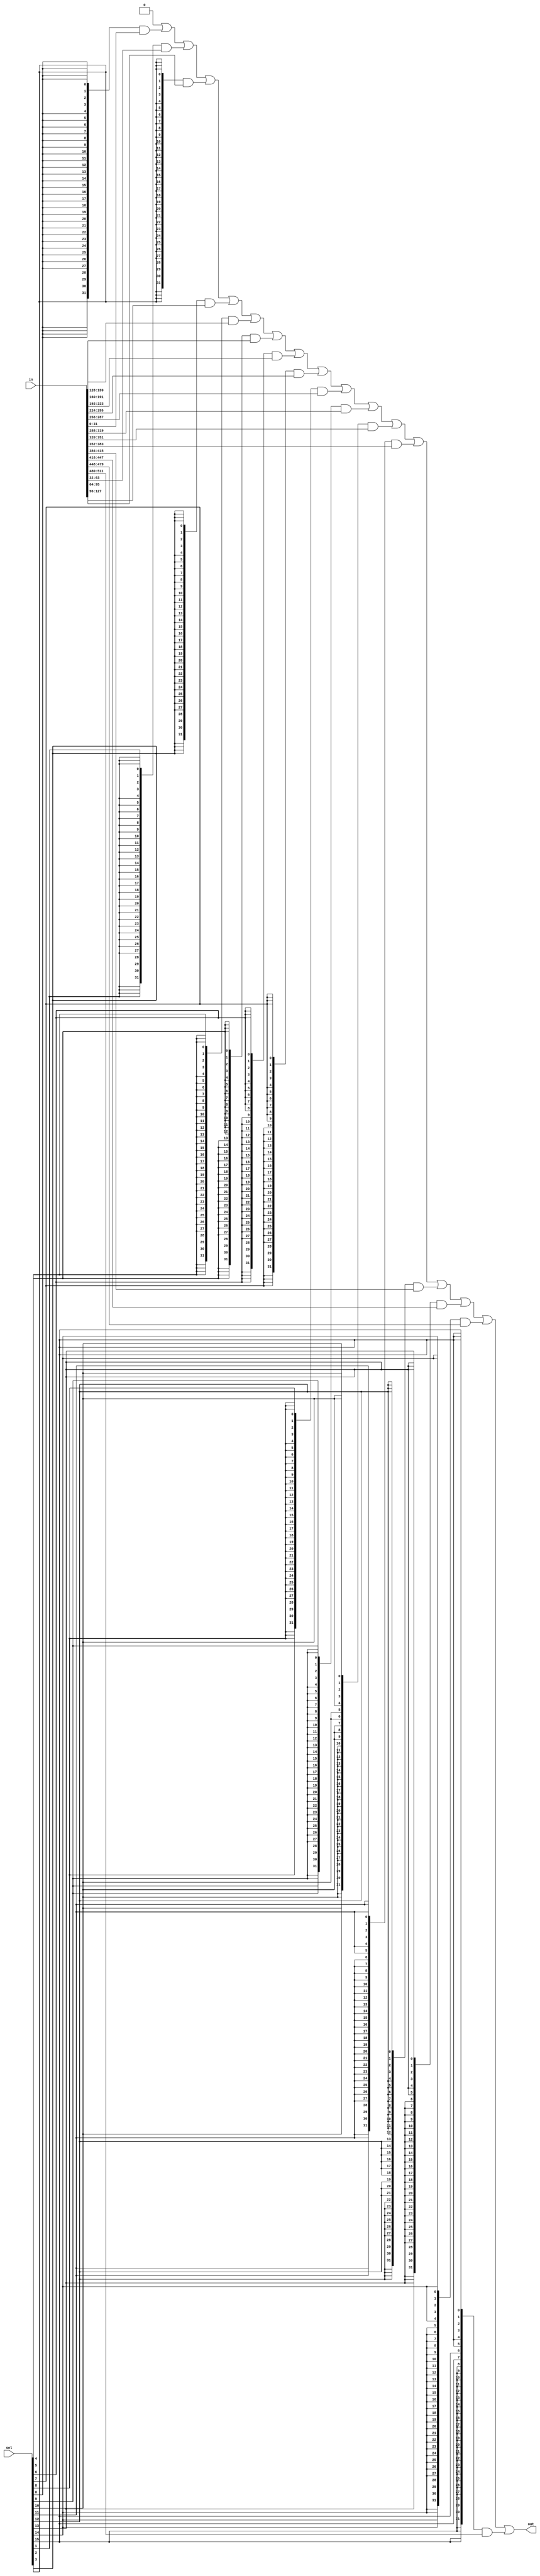
// mux with pre-decoded select inputs
module premux #(
  parameter W = 32,
  parameter N = 16
  )(
  input [N-1:0]     sel,
  input [(N*W)-1:0] in,
  output [W-1:0]    out);

  /*verilator lint_off UNOPTFLAT*/
  wire [W-1:0] steps [0:N];

  genvar i;
  generate
    for(i = 0; i < N; i=i+1) begin : premux_gen
      assign steps[i+1] = steps[i] | ({W{sel[i]}} & in[i*W+:W]);
    end
  endgenerate
  /*verilator lint_on UNOPTFLAT*/

  assign steps[0] = 0;
  assign out = steps[N];

endmodule